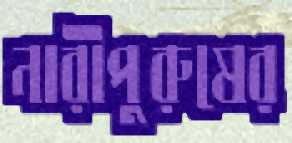
নারীপুরুষের